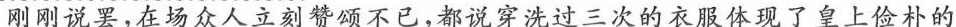
”刚刚说罢，在场众人立刻赞颂不已，都说穿洗过三次的衣服体现了皇上俭朴的